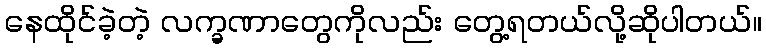
နေထိုင်ခဲ့တဲ့ လက္ခဏာတွေကိုလည်း တွေ့ရတယ်လို့ဆိုပါတယ်။